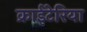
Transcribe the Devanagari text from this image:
क्राईटेरिया